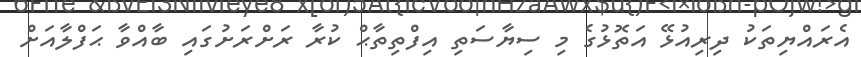
އެރައްޔިތަކު ދިރިއުޅޭ އަތޮޅުގެ މި ސިޔާސަތި އިފްތިތާޙް ކުރާ ރަށްރަށުގައި ބާއްވާ ޙަފްލާއަށް